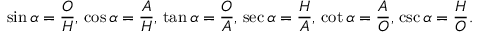
\sin \alpha = { \frac { O } { H } } , \, \cos \alpha = { \frac { A } { H } } , \, \tan \alpha = { \frac { O } { A } } , \, \sec \alpha = { \frac { H } { A } } , \, \cot \alpha = { \frac { A } { O } } , \, \csc \alpha = { \frac { H } { O } } .